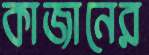
কাজানের